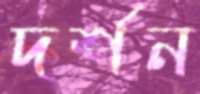
দর্শন